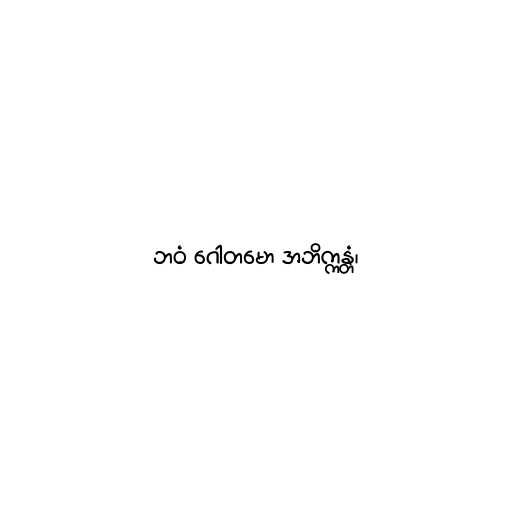
ဘဝံ ဂေါတမော အဘိက္ကန္တံ၊